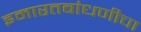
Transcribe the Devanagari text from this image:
इमारतबांधणीचा